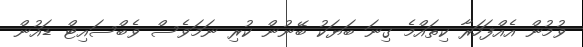
ވުމުން އެއްފަހަރާ ކިތައްމެ ގިނަ ބަޔަކު ބޭނުން ކުރި ނަމަވެސް ވެބްސައިޓް ޑައުން